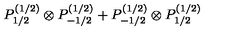
P _ { 1 / 2 } ^ { ( 1 / 2 ) } \otimes P _ { - 1 / 2 } ^ { ( 1 / 2 ) } + P _ { - 1 / 2 } ^ { ( 1 / 2 ) } \otimes P _ { 1 / 2 } ^ { ( 1 / 2 ) }